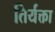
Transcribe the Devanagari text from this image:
तिर्यक्ता